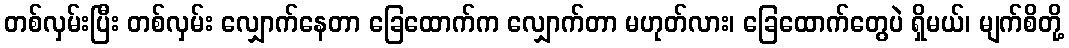
တစ်လှမ်းပြီး တစ်လှမ်း လျှောက်နေတာ ခြေထောက်က လျှောက်တာ မဟုတ်လား၊ ခြေထောက်တွေပဲ ရှိမယ်၊ မျက်စိတို့